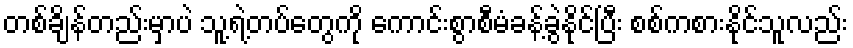
တစ်ချိန်တည်းမှာပဲ သူ့ရဲ့တပ်တွေကို ကောင်းစွာစီမံခန့်ခွဲနိုင်ပြီး စစ်ကစားနိုင်သူလည်း